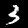
Digit: 3